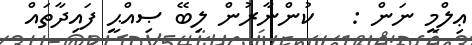
ޢިލްމީ ނަން :   ކުންނާރުން ލިބޭ ޞިއްޙީ ފައިދާތައް